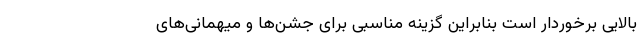
بالایی برخوردار است بنابراین گزینه مناسبی برای جشن‌ها و میهمانی‌های